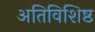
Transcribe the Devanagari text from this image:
अतिविशिष्ठ